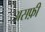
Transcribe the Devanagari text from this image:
असफ़ी